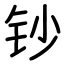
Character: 钞